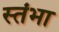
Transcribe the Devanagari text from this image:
स्तंभा